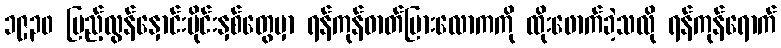
၁၉၃၀ ပြည့်လွန်နှောင်းပိုင်းနှစ်တွေမှာ ရန်ကုန်ဓာတ်ပြားလောကကို ထိုးဖောက်ခဲ့သလို ရန်ကုန်ရောက်